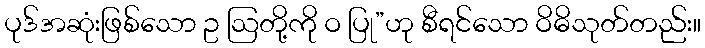
ပုဒ်အဆုံးဖြစ်သော ဥ ဩတို့ကို ဝ ပြု”ဟု စီရင်သော ဝိဓိသုတ်တည်း။